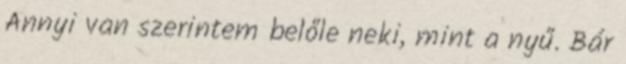
Annyi van szerintem belőle neki, mint a nyű. Bár